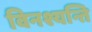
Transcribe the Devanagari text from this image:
विनश्यन्ति